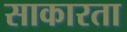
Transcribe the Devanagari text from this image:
साकारता